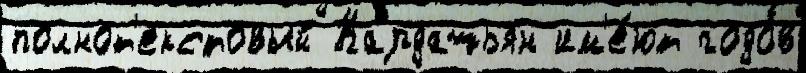
полнот'екстовый Кардашьян им'е́ют годо́в